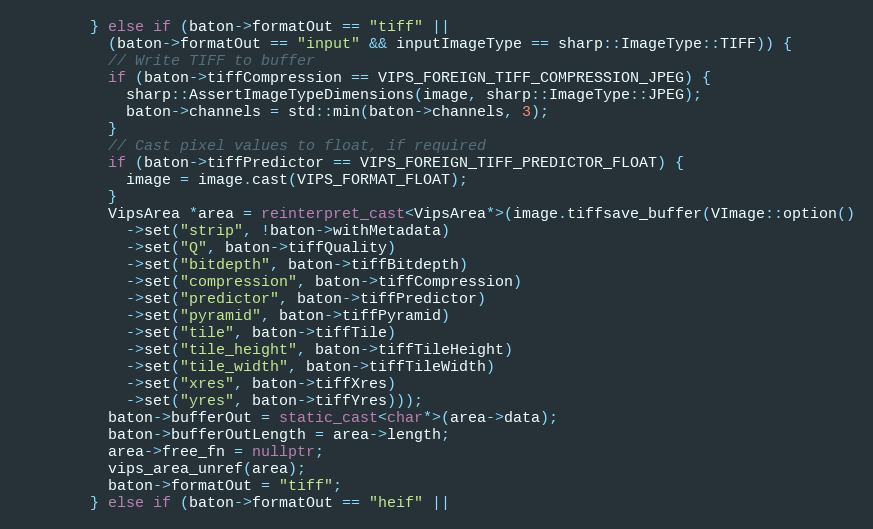
Language: C++
        } else if (baton->formatOut == "tiff" ||
          (baton->formatOut == "input" && inputImageType == sharp::ImageType::TIFF)) {
          // Write TIFF to buffer
          if (baton->tiffCompression == VIPS_FOREIGN_TIFF_COMPRESSION_JPEG) {
            sharp::AssertImageTypeDimensions(image, sharp::ImageType::JPEG);
            baton->channels = std::min(baton->channels, 3);
          }
          // Cast pixel values to float, if required
          if (baton->tiffPredictor == VIPS_FOREIGN_TIFF_PREDICTOR_FLOAT) {
            image = image.cast(VIPS_FORMAT_FLOAT);
          }
          VipsArea *area = reinterpret_cast<VipsArea*>(image.tiffsave_buffer(VImage::option()
            ->set("strip", !baton->withMetadata)
            ->set("Q", baton->tiffQuality)
            ->set("bitdepth", baton->tiffBitdepth)
            ->set("compression", baton->tiffCompression)
            ->set("predictor", baton->tiffPredictor)
            ->set("pyramid", baton->tiffPyramid)
            ->set("tile", baton->tiffTile)
            ->set("tile_height", baton->tiffTileHeight)
            ->set("tile_width", baton->tiffTileWidth)
            ->set("xres", baton->tiffXres)
            ->set("yres", baton->tiffYres)));
          baton->bufferOut = static_cast<char*>(area->data);
          baton->bufferOutLength = area->length;
          area->free_fn = nullptr;
          vips_area_unref(area);
          baton->formatOut = "tiff";
        } else if (baton->formatOut == "heif" ||